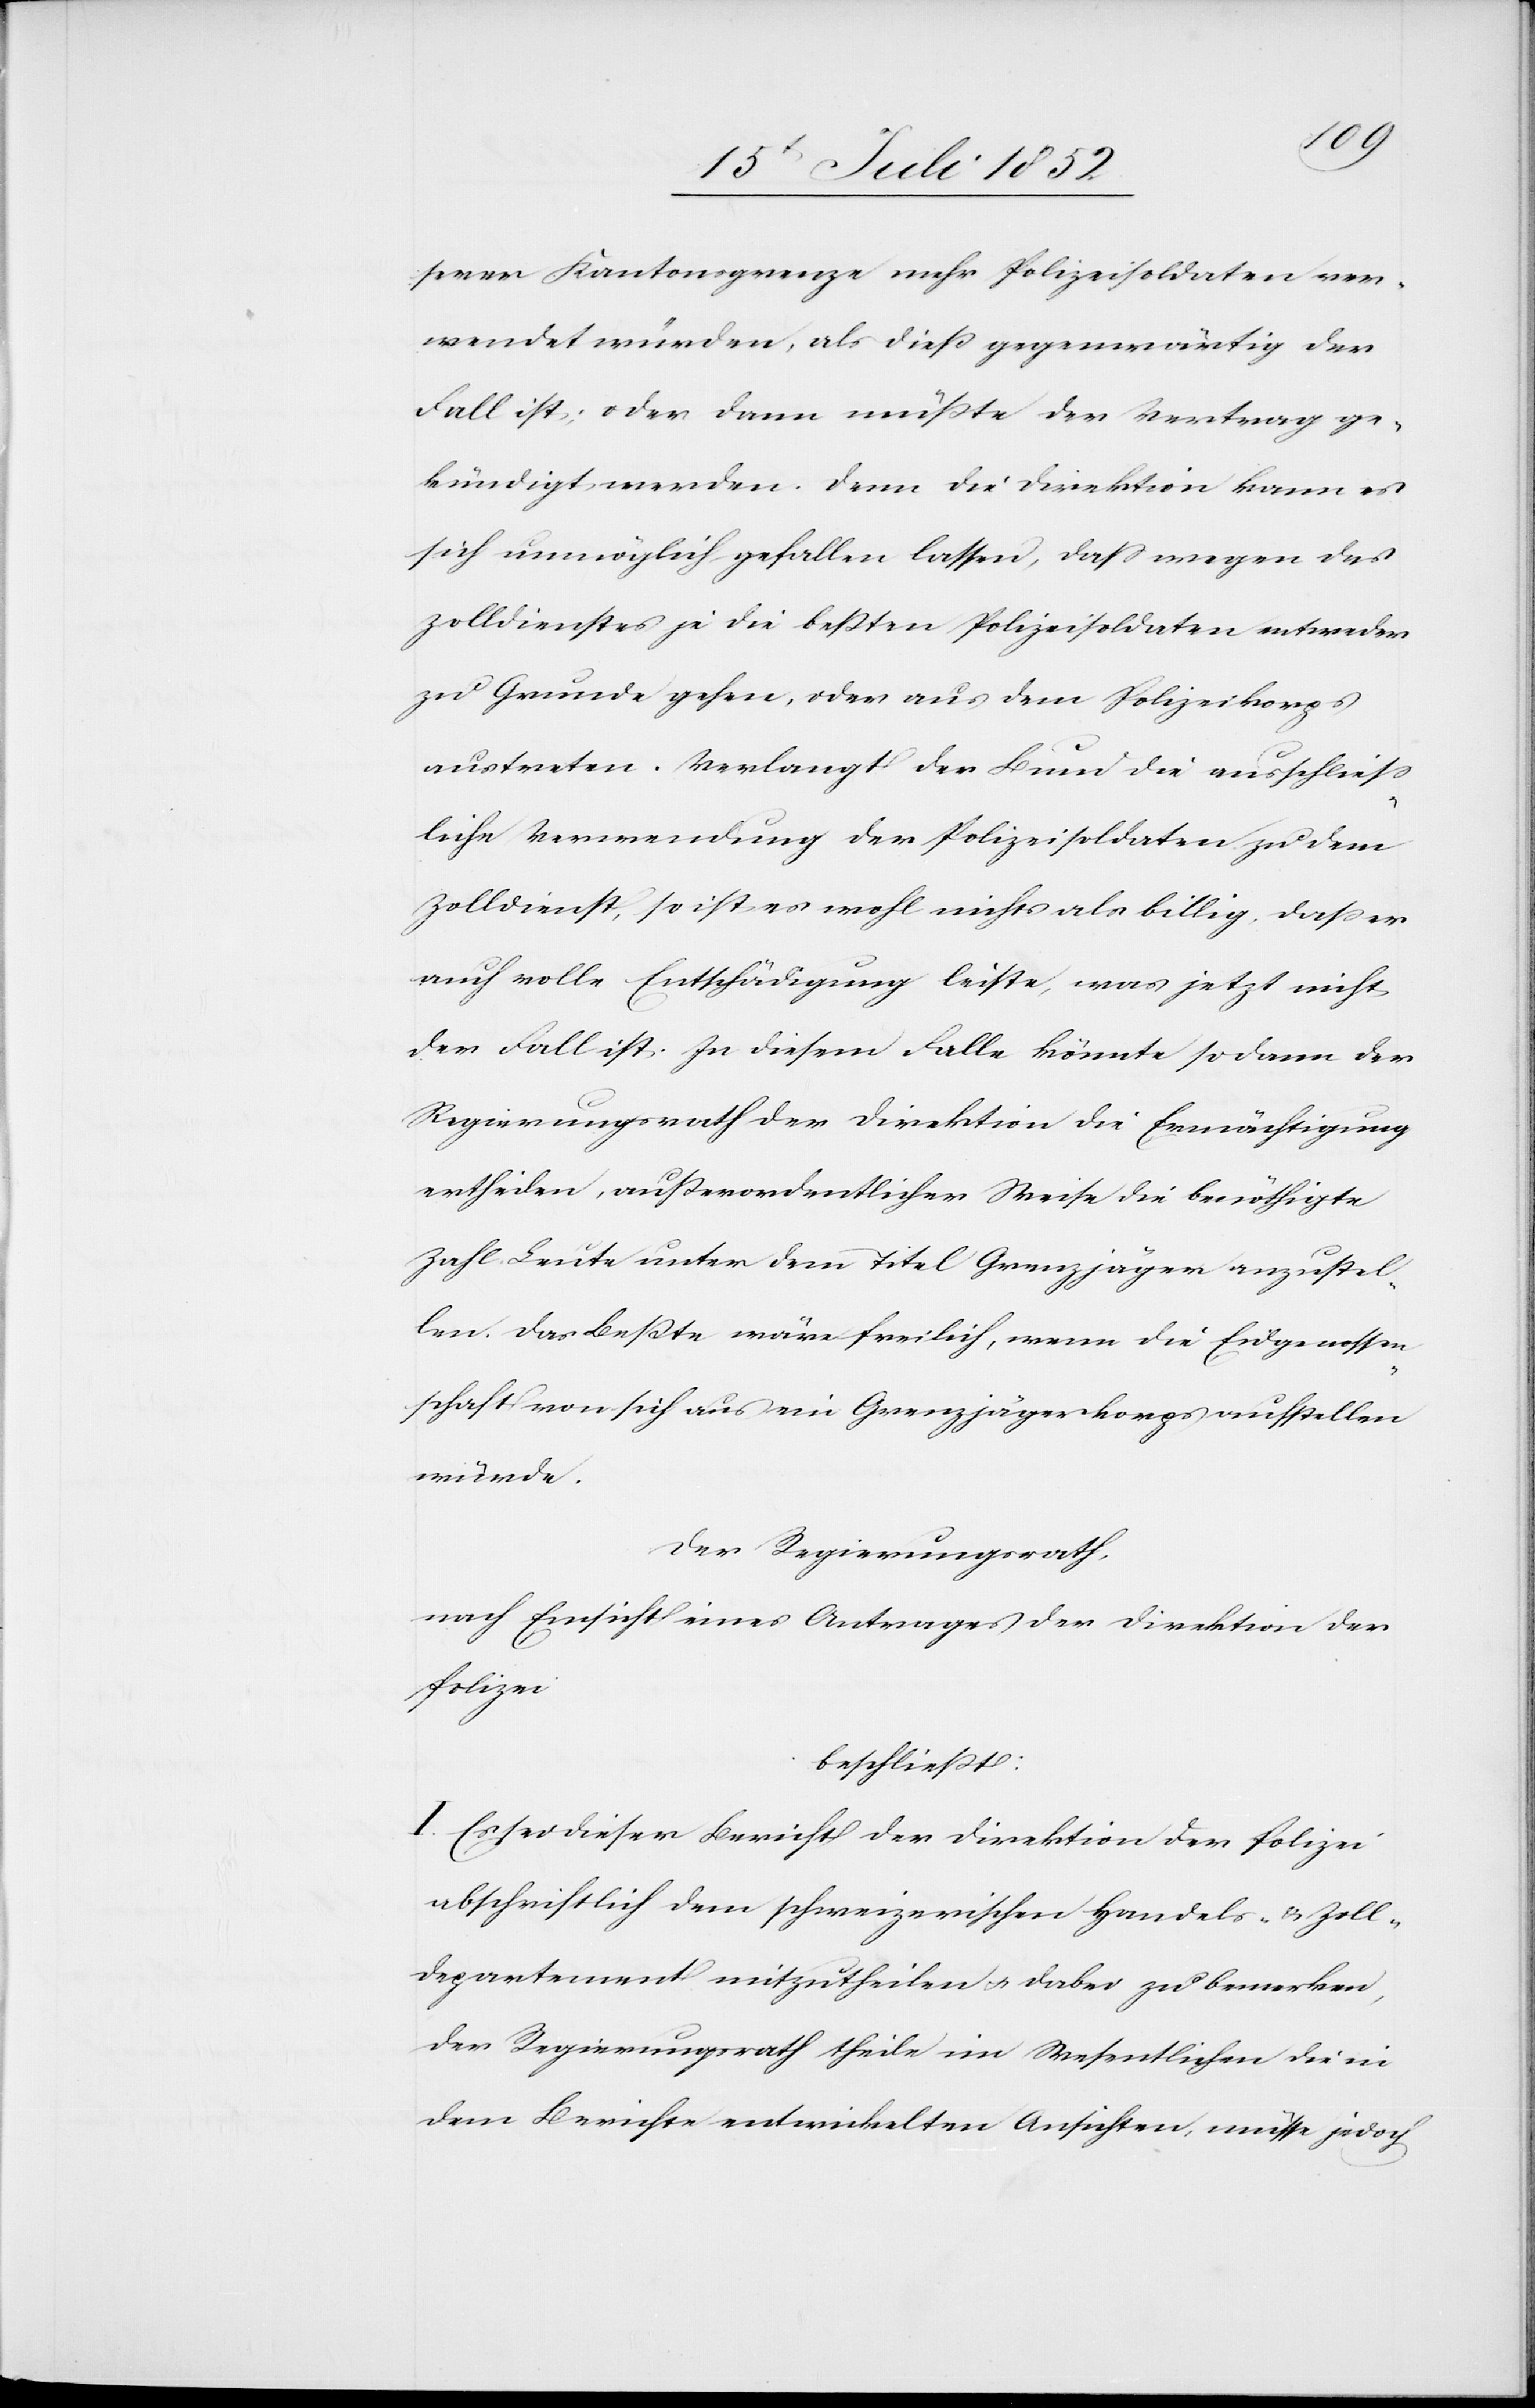
serer Kantonsgrenze mehr Polizeisoldaten ver¬
wendet würden, als dieß gegenwärtig der
Fall ist; oder dann müßte der Vertrag ge¬
kündigt werden. Denn die Direktion kann es
sich unmöglich gefallen lassen, dass wegen des
Zolldienstes je die beßten Polizeisoldaten entweder
zu Grunde gehen, oder aus dem Polizeikorps
austreten. Verlangt der Bund die ausschliess¬
liche Verwendung der Polizeisoldaten zu dem
Zolldienst, so ist es wohl nichts als billig, daß er
auch volle Entschädigung leiste, was jetzt nicht
der Fall ist. In diesem Falle könnte sodann der
Regierungsrath der Direktion die Ermächtigung
ertheilen, außerordentlicher Weise die benöthigte
Zahl Leute unter dem Titel Grenzjäger anzustel¬
len. Das Beßte wäre freilich, wenn die Eidgenossen¬
schaft von sich aus ein Grenzjägerkorps aufstellen
würde.
Der Regierungsrath,
nach Einsicht eines Antrages der Direktion der
Polizei
beschließt:
I. Es sei dieser Bericht der Direktion der Polizei
abschriftlich dem schweizerischen Handels- & Zoll¬
departement mitzutheilen & dabei zu bemerken,
der Regierungsrath theile im Wesentlichen die in
dem Berichte entwickelten Ansichten, müsse jedoch